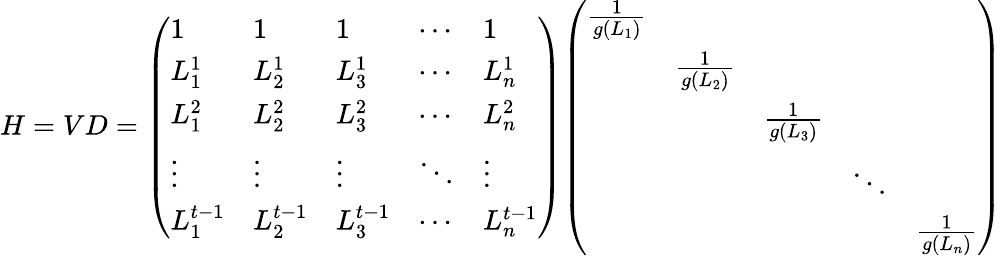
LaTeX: H=VD={\left(\begin{array}{lllll}{1}&{1}&{1}&{\cdots}&{1}\\ {L_{1}^{1}}&{L_{2}^{1}}&{L_{3}^{1}}&{\cdots}&{L_{n}^{1}}\\ {L_{1}^{2}}&{L_{2}^{2}}&{L_{3}^{2}}&{\cdots}&{L_{n}^{2}}\\ {\vdots}&{\vdots}&{\vdots}&{\ddots}&{\vdots}\\ {L_{1}^{t-1}}&{L_{2}^{t-1}}&{L_{3}^{t-1}}&{\cdots}&{L_{n}^{t-1}}\end{array}\right)}{\left(\begin{array}{lllll}{{\frac{1}{g(L_{1})}}}&&&&\\ &{{\frac{1}{g(L_{2})}}}&&&\\ &&{{\frac{1}{g(L_{3})}}}&&\\ &&&{\ddots}&\\ &&&&{{\frac{1}{g(L_{n})}}}\end{array}\right)}